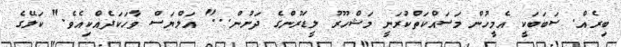
ބިރެއް. ސަބަބަކީ އެމީހުން މަސައްކަތްކުރަނީ މަޝްހޫރު ލީޑަރުންގެ ދަށުން..." އަލްޔަސް ވާހަކަދެއްކިއެވެ." ކަލޭގެ